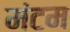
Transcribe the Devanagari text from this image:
मंटम